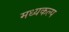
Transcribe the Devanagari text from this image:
मध्यकल्प